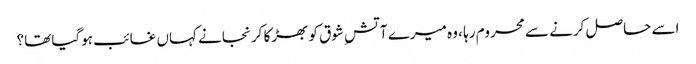
اسے حاصل کرنے سے محروم رہا ، وہ میرے آتشِ شوق کو بھڑکا کر نجانے کہاں غائب ہوگیا تھا؟